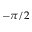
- \pi / 2